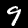
Digit: 9